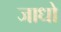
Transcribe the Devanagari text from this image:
जाधो